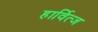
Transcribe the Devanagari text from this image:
हार्वित्ज